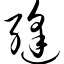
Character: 缝